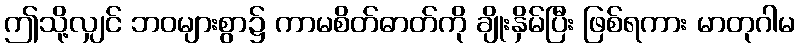
ဤသို့လျှင် ဘဝများစွာ၌ ကာမစိတ်ဓာတ်ကို ချိုးနှိမ်ပြီး ဖြစ်ရကား မာတုဂါမ